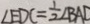
\angle E D C = \frac { 1 } { 2 } \angle B A D